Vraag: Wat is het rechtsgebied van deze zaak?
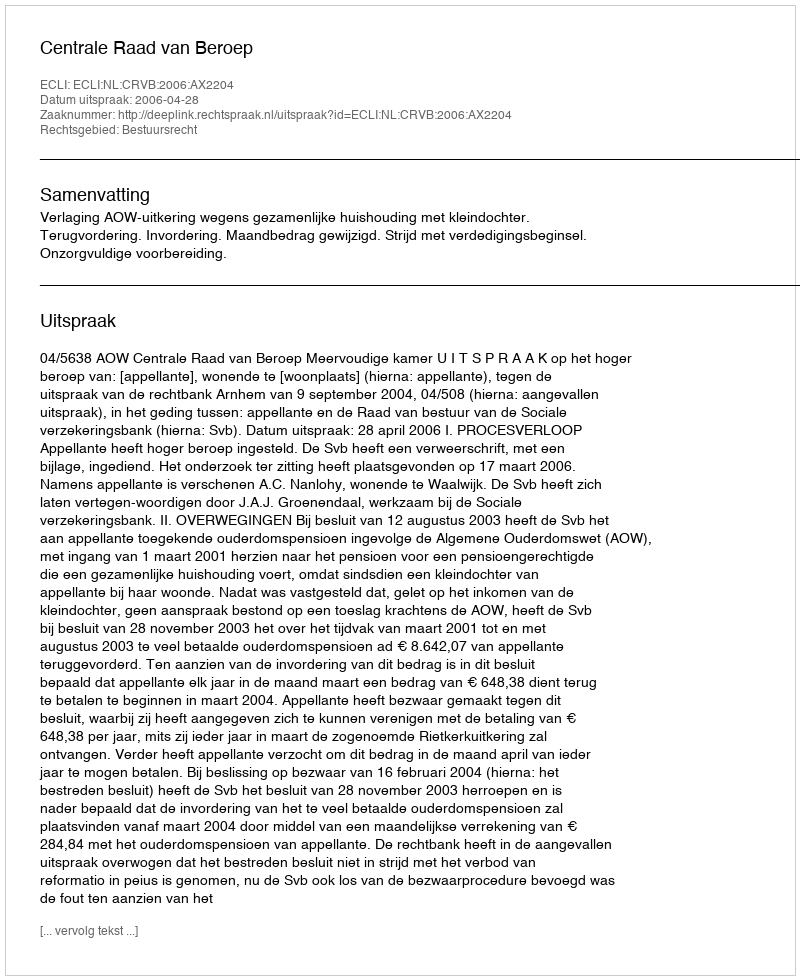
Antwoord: Bestuursrecht